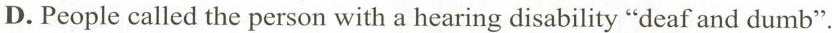
D.People called the person with a hearing disability "deaf and dumb".